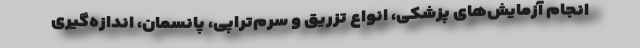
انجام آزمایش‌های پزشکی، انواع تزریق و سرم‌تراپی، پانسمان، اندازه‌گیری